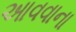
આવવાના